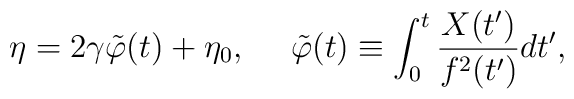
\eta =2\gamma \tilde{\varphi}(t)+\eta_{0}, ~~~~\tilde{\varphi}(t) \equiv  \int_{0}^{t} \frac{X(t^{\prime})}{f^{2}(t^{\prime})}d t^{\prime} ,